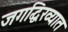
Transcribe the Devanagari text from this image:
जगद्धिख्यात